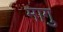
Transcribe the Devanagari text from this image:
मागु